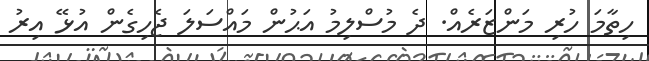
ހިތާމަ ހުރި މަންޒަރެއް. ދެ މުސްލިމު އަޙުން މައްސަލަ ޖެހިގެން އުޅޭ އިރު